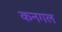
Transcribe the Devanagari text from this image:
कनगल